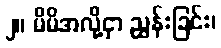
၂။ မိမိအလို့ငှာ ညွှန်းခြင်း၊